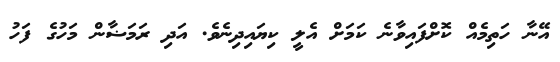
އޭނާ ހަތިމެއް ކޮށްފައިވާނެ ކަމަށް އެލީ ކިޔައިދިނެވެ. އަދި ރަމަޟާން މަހުގެ ފަހު